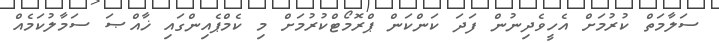
ސަލާމަތް ކުރުމަށް އެހީވެދިނުން ފަދަ ކަންކަން ޕްރޮމޯޓްކުރުމަށް މި ކެމްޕެއިންގައި ޚާއްޞަ ސަމާލުކަމެއް